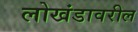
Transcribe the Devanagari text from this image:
लोखंडावरील